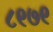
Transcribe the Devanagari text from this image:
८९७९